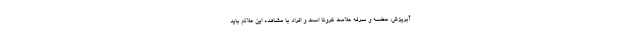
آبریزش، عطسه و سرفه علامت کرونا است و افراد با مشاهده این علائم باید